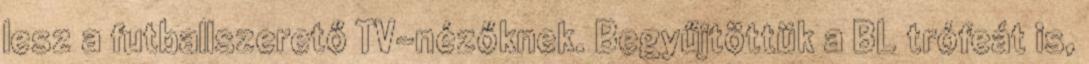
lesz a futballszerető TV-nézőknek. Begyűjtöttük a BL trófeát is,